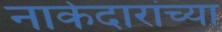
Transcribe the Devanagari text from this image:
नाकेदारांच्या